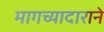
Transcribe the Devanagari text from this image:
मागच्यादाराने